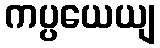
ကပ္ပယေယျ